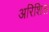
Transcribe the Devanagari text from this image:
अरिशिल